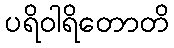
ပရိဝါရိတောတိ